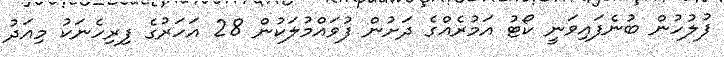
ފުލުހުން ބުނެފައިވަނީ ކޯޓު އަމުރެއްގެ ދަށުން ފުވައްމުލަކުން 28 އަހަރުގެ ފިރިހެނަކު މިއަދު